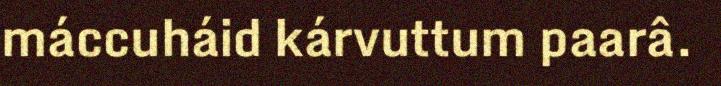
máccuháid kárvuttum paarâ.